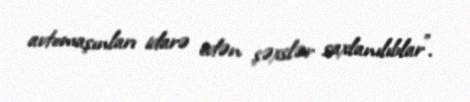
avtomaşınları idarə edən şəxslər saxlanılıblar”.